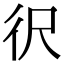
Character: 鿈